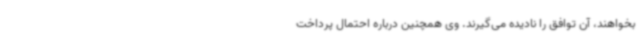
بخواهند، آن توافق را نادیده می‌گیرند. وی همچنین درباره احتمال پرداخت